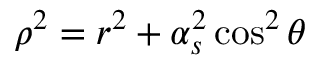
\rho ^ { 2 } = r ^ { 2 } + \alpha _ { s } ^ { 2 } \cos ^ { 2 } \theta